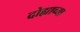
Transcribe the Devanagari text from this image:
दोह्याच्या